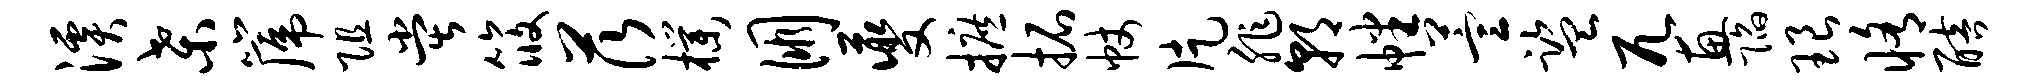
溪桑篪阻堂筱茨朴朋夔摭拓帐片非朝幡萱监兀惠陷琅修醅